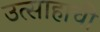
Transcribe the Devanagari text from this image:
उत्साहाची